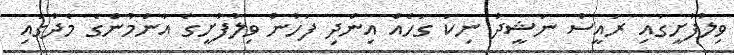
ވިލުފުށީގައި ރައީސް ނަޝީދު ނިކަ ގަހެއް އިންދި ފަހުން ވިލުފުށީގެ އާންމުންގެ މެދުގައި